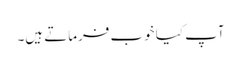
آپ کیا خوب فرماتے ہیں۔